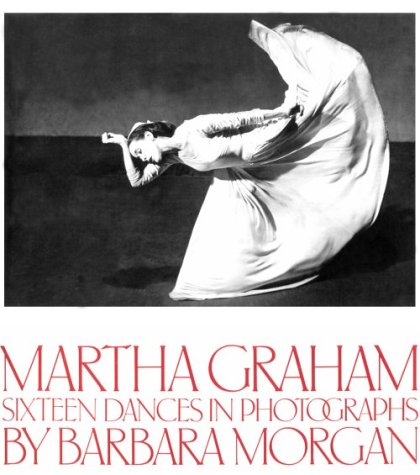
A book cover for Martha Graham: Sixteen Dances in Photographs; Barbara Morgan; Biographies & Memoirs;